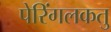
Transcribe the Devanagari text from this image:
पेरिंगलकतु